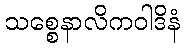
သစ္စေနာလိကဝါဒိနံ